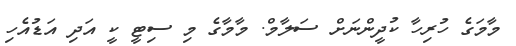
މާމަގެ ހުރިހާ ކުދީންނަށް ސަލާމް. މާމާގެ މި ސިޓީ ކީ އަދި އަޑުއެހި